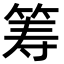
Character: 筹